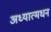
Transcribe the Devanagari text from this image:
अध्यात्मधन